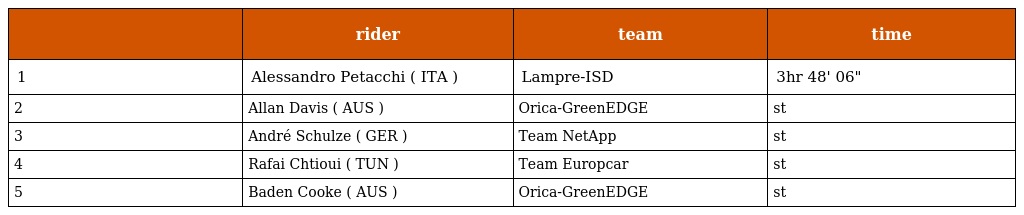
|  | rider | team | time |
 | --- | --- | --- | --- |
 | 1 | Alessandro Petacchi ( ITA ) | Lampre-ISD | 3hr 48' 06" |
 | 2 | Allan Davis ( AUS ) | Orica-GreenEDGE | st |
 | 3 | André Schulze ( GER ) | Team NetApp | st |
 | 4 | Rafai Chtioui ( TUN ) | Team Europcar | st |
 | 5 | Baden Cooke ( AUS ) | Orica-GreenEDGE | st |